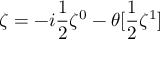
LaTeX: \zeta = - i \frac { 1 } { 2 } \zeta ^ { 0 } - \theta [ \frac { 1 } { 2 } \zeta ^ { 1 } ]